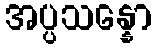
အပ္ပသန္နော